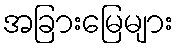
အခြားမြေများ